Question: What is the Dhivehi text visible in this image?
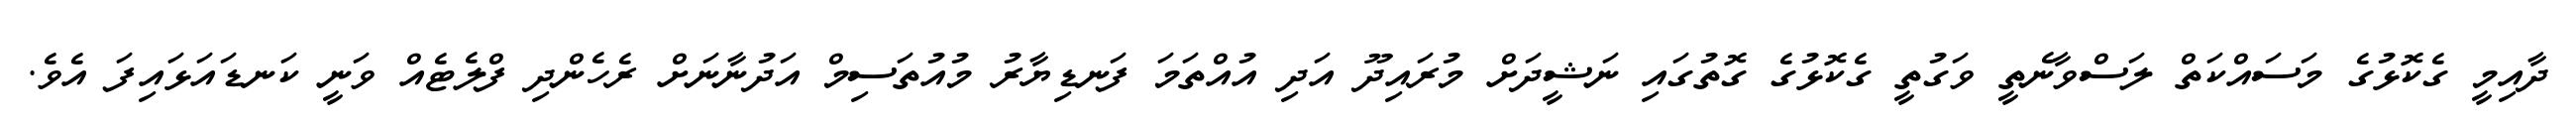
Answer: ދާއިމީ ގެކޮޅުގެ މަސައްކަތް ލަސްވާނެތީ ވަގުތީ ގެކޮޅުގެ ގޮތުގައި ނަޝީދަށް މުރައިދޫ އަދި އުއްތަމަ ފަނޑިޔާރު މުއުތަސިމް އަދުނާނަށް ރެހެންދި ފްލެޓެއް ވަނީ ކަނޑައަޅައިފަ އެވެ.